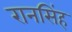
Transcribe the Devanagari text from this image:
रानसिंह